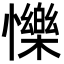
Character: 㦡